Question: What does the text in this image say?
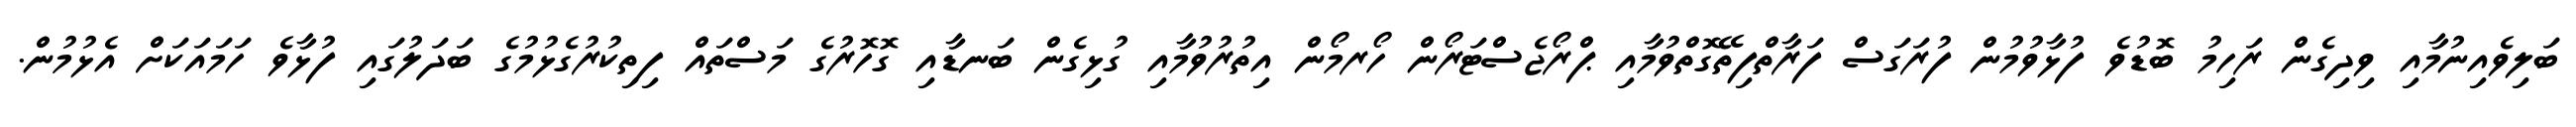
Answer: ބަލިވެއިނުމާއި ވިދިގެން ރަހިމު ބޮޑުވެ ފުޅާވުމުން ފުރަގަސް ފަރާތްފިތޭގޮތްވުމާއި ޕްރޯޖެސްޓަރޯން ހޯރމޯން އިތުރުވުމާއި ގުޅިގެން ބަނޑާއި ގޮހޮރުގެ މަސްތައް ފިތިކުރުގެޅުމުގެ ބަދަލުގައި ފުޅާވެ ހަމައަކަށް އެޅުމުން.